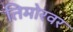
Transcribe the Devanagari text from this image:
तिमोरवर